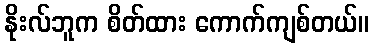
နိုးလ်ဘူက စိတ်ထား ကောက်ကျစ်တယ်။